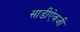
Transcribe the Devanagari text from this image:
साडीऐवजी